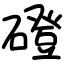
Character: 磴